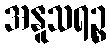
အနူသရဉ္စ